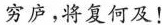
穷庐，将复何及！